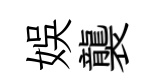
娱襲